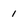
Character: 1